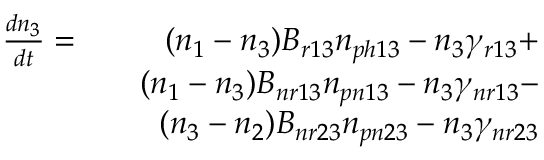
\begin{array} { r l r } { \frac { d n _ { 3 } } { d t } = } & { } & { ( n _ { 1 } - n _ { 3 } ) B _ { r 1 3 } n _ { p h 1 3 } - n _ { 3 } \gamma _ { r 1 3 } + } \\ & { } & { ( n _ { 1 } - n _ { 3 } ) B _ { n r 1 3 } n _ { p n 1 3 } - n _ { 3 } \gamma _ { n r 1 3 } - } \\ & { } & { ( n _ { 3 } - n _ { 2 } ) B _ { n r 2 3 } n _ { p n 2 3 } - n _ { 3 } \gamma _ { n r 2 3 } } \end{array}